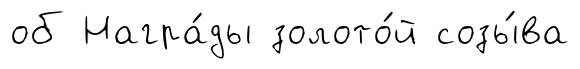
об Награ́ды золото́й созы́ва